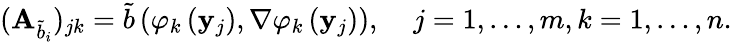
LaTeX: (\mathbf{A}_{\widetilde{b}_{i}})_{jk}=\widetilde{b}\left(\varphi_{k}\left(\mathbf{y}_{j}\right),\nabla\varphi_{k}\left(\mathbf{y}_{j}\right)\right),\; \; \; \; j=1,\dots,m,k=1,\dots,n.